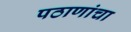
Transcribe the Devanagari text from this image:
पठाणांचा